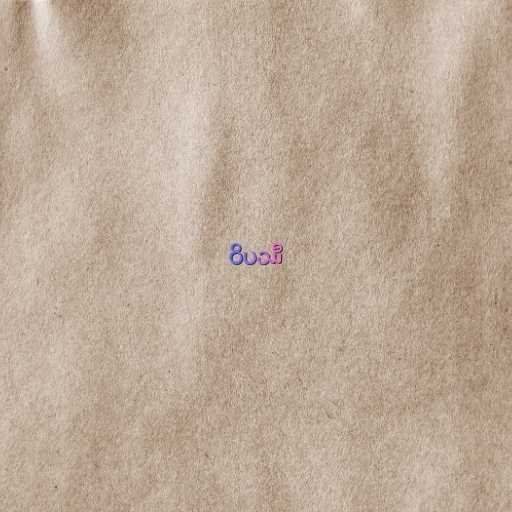
ဝိပဿီ